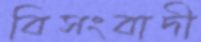
বিসংবাদী